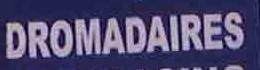
dromdaires